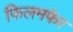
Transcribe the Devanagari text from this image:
फिलमफेर